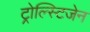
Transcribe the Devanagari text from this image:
ट्रोल्स्टिजेन